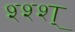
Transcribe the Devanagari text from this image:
श्श्श्